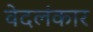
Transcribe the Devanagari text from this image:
वेदलंकार